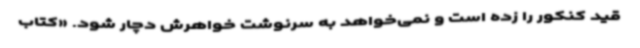
قید کنکور را زده است و نمی‌خواهد به سرنوشت خواهرش دچار شود. «کتاب